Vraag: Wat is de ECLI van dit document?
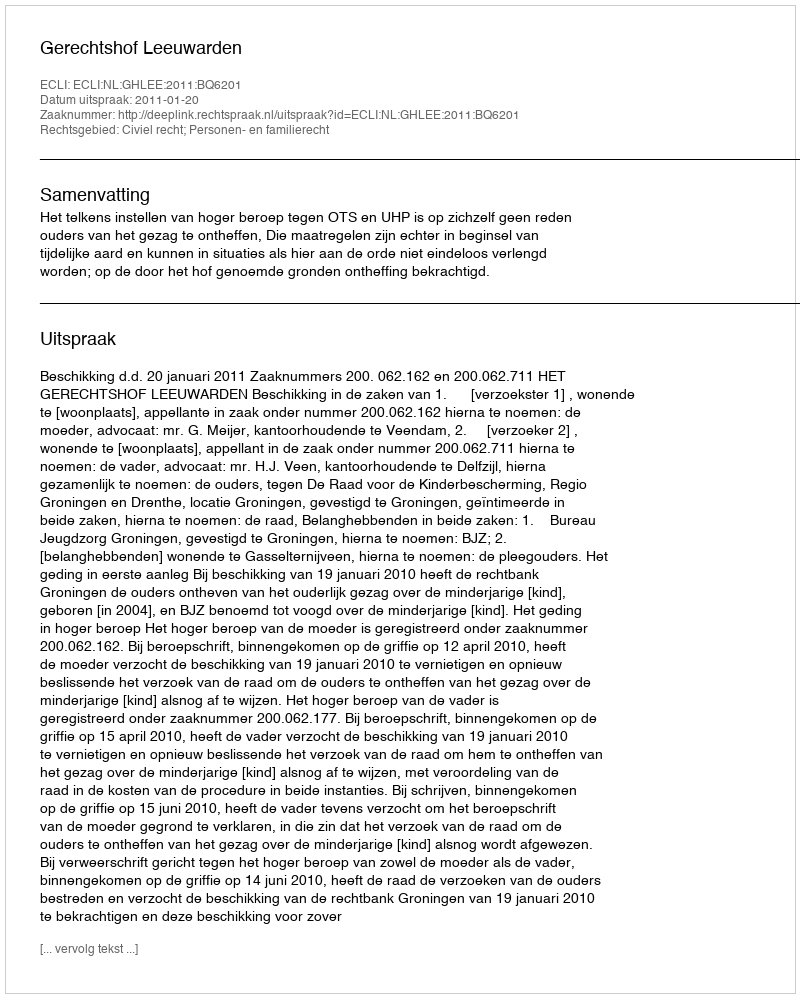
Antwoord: ECLI:NL:GHLEE:2011:BQ6201